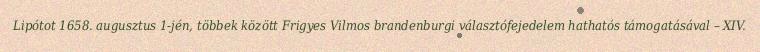
Lipótot 1658. augusztus 1-jén, többek között Frigyes Vilmos brandenburgi választófejedelem hathatós támogatásával – XIV.